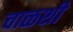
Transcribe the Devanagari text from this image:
चाळशी